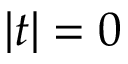
| t | = 0